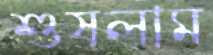
শুষলাম